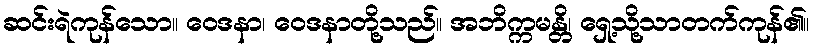
ဆင်းရဲကုန်သော။ ဝေဒနာ၊ ဝေဒနာတို့သည်။ အဘိက္ကမန္တိ၊ ရှေ့သို့သာတက်ကုန်၏။